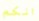
انكم